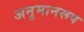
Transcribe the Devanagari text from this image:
अनुमानरूप